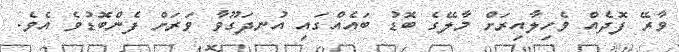
ވާރޭ ފޮދެއް ވެހިލާއިރަށް މާލޭގެ ބޮޑު ބައެއްގައި އުނދަގޫވާ ވަރަށް ފެންބޮޑުވެ އެވެ.